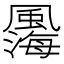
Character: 𩘫